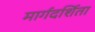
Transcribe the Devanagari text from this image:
मार्गदर्शिता